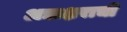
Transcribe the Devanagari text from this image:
अद्याक्षराची